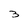
Character: 3